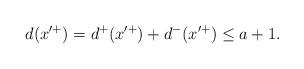
LaTeX: \begin{align*}d(x'^+)=d^+(x'^+)+d^-(x'^+)\leq a+1.\end{align*}